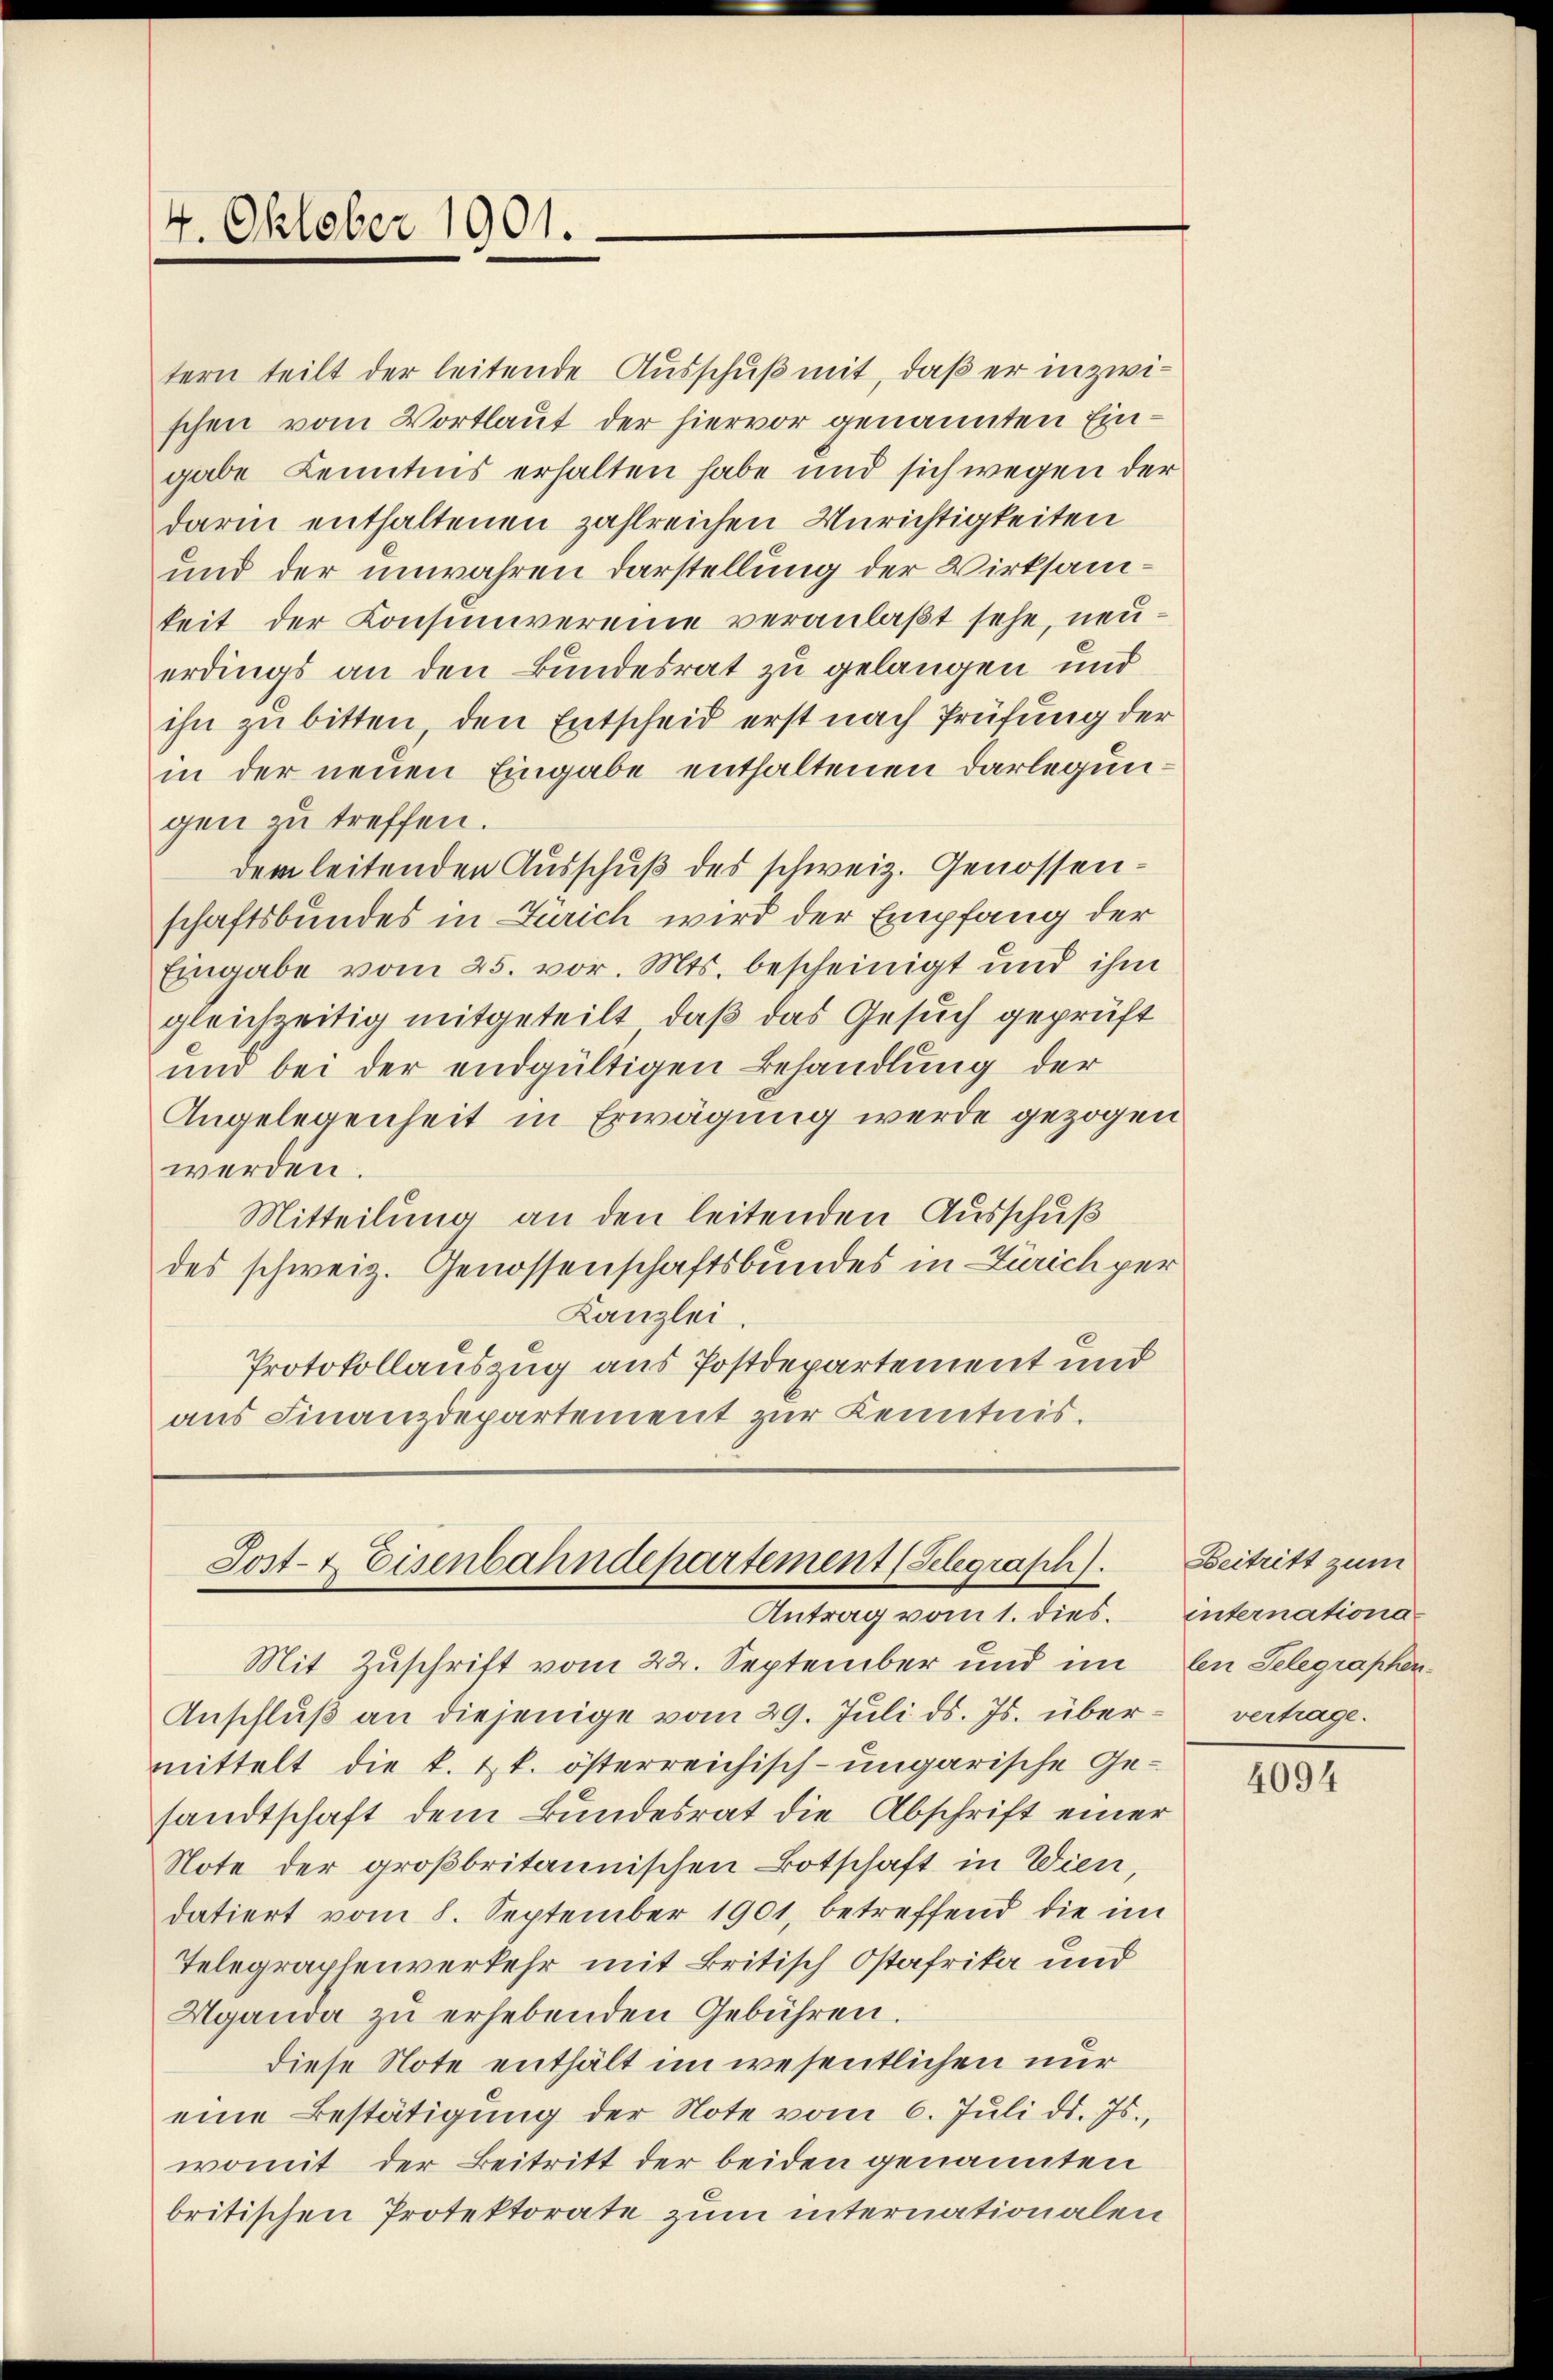
4. Oktober 1901.

tern teilt der leitende Ausschuß mit, daß er in zwischen vom Vortlaut der hiervor genannten Eingabe Kenntnis erhalten habe und sich wegen der
darin enthaltenen zahlreichen Unrichtigkeiten
und der unwahren Darstellung der Wirksamkeit der Consumvereine veranlaßt sehe, neuerdings an den Bundesrat zu gelangen und
ihn zu bitten, den Entscheid erst nach Prüfung der
in der neuen Eingabe enthaltenen Darlegungen zu treffen.
dem leitenden Ausschuß des schweiz. Genossenschaftsbundes in Zürich wird der Empfang der
Eingabe vom 25. vor. Mts. bescheinigt und ihm
gleichzeitig mitgeteilt, daß das Gesuch geprüft
und bei der endgültigen Behandlung der
Angelegenheit in Erwägung werde gezogen
werden.
Mitteilung an den leitenden Ausschuß
des schweiz. Genossenschaftsbundes in Zürich per
Kanzlei.
Protokollauszug aus Postdepartement und
aus Finanzdepartement zur Kenntnis.

Sost- & Eisenbahndepartement (Selegraph).
Antrag vom 1. dies.

Mit Zuschrift vom 22. September und im
Anschluß an diejenige vom 29. Juli d. Js. übermittelt die k. k. österreichisch-ungarische Gesandtschaft dem Bundesrat die Abschrift einer
Note der großbritannischen Botschaft in Wien,
datiert vom 8. September 1901, betreffend die im
Telegraphenverkehr mit Britisch Ostafrika und
Hganda zu erhebenden Gebühren.
diese Note enthält im wesentlichen nur
eine Bestätigung der Note vom 6. Jŭli d. Js.
womit der Beitritt der beiden genannten
britischen Protektorate zum internationalen

Beitritt zum
internationalen Telegraphen.
vertrage.

4094